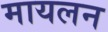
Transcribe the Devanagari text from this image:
मायलन